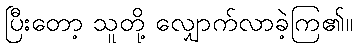
ပြီးတော့ သူတို့ လျှောက်လာခဲ့ကြ၏။